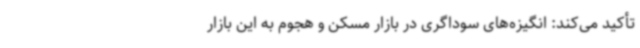
تأکید می‌کند: انگیزه‌های سوداگری در بازار مسکن و هجوم به این بازار